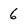
Character: 6